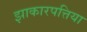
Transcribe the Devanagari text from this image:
झाकारपत्तिया